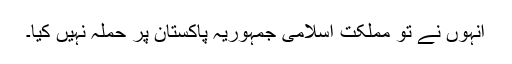
انہوں نے تو مملکت اسلامی جمہوریہ پاکستان پر حملہ نہیں کیا۔